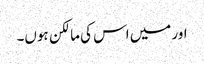
اور میں اس کی مالکن ہوں۔